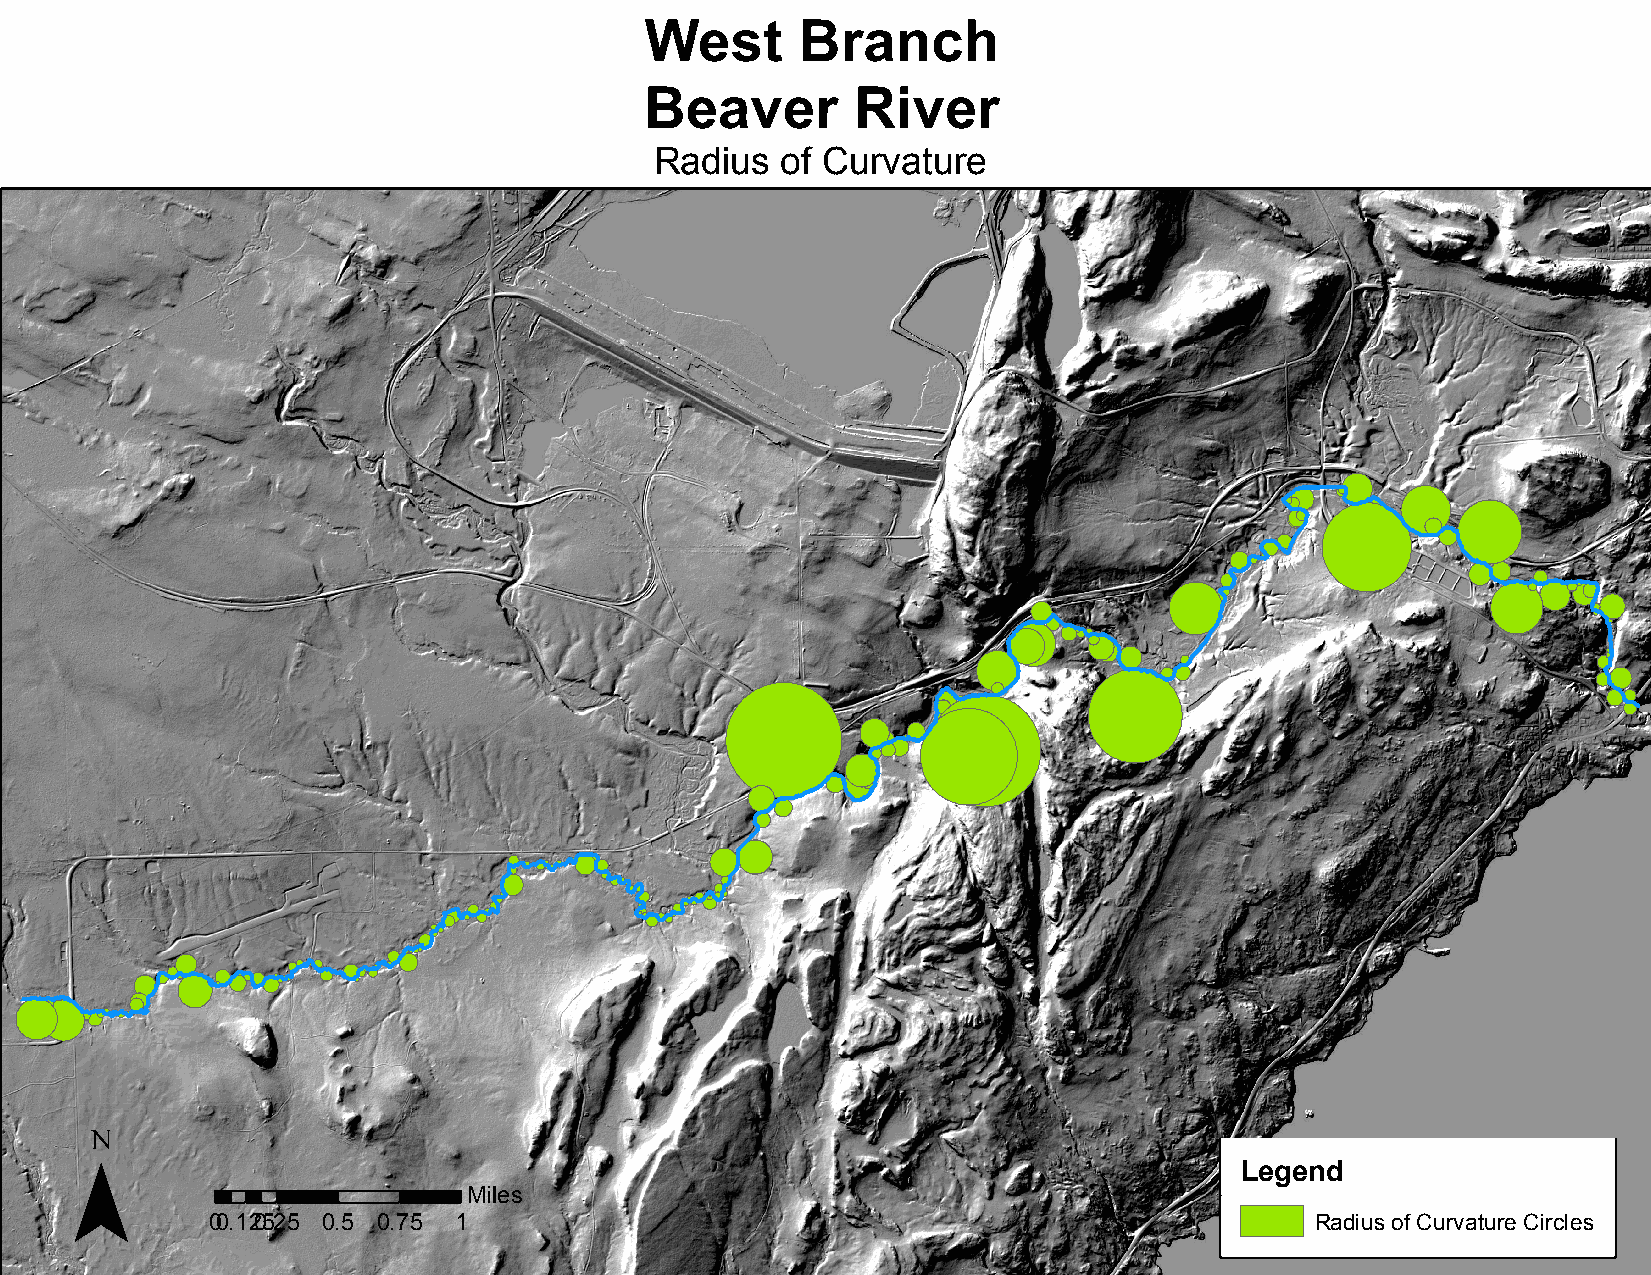
West      Branch
 Beaver        River
 Radius   of Curvature
 ¯
 Legend
 Miles
 00 .1205.2 5 0.5 0.75 1                                                  Radius of Curvature Circles